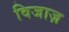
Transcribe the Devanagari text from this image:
विजाज़